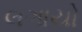
લગાયો